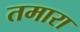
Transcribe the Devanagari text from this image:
तमारा